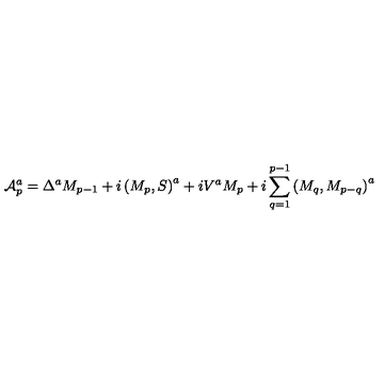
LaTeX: { \cal A } _ { p } ^ { a } = \Delta ^ { a } M _ { p - 1 } + i \left( M _ { p } , S \right) ^ { a } + i V ^ { a } M _ { p } + i \sum _ { q = 1 } ^ { p - 1 } \left( M _ { q } , M _ { p - q } \right) ^ { a }